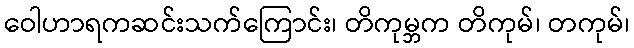
ဝေါဟာရကဆင်းသက်ကြောင်း၊ တိကုမ္ဘက တိကုမ်၊ တကုမ်၊